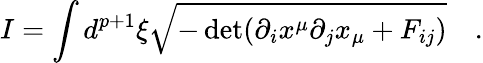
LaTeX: I=\int d^{p+1}\xi\sqrt{-\operatorname*{det}(\partial_{i}x^{\mu}\partial_{j}x_{\mu}+F_{ij})}\quad.